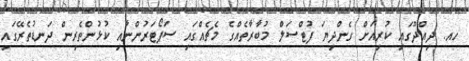
ހއ. ދިއްދޫގައި ކުރިއަށް ގެންދިޔަ ފުޓްސަލް މުބާރާތެެއްގެ މެޗެއްގައި ސަޕޯޓަރުންނާއި ކުޅުންތެރިން ދަނޑުތެރޭގައި